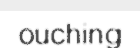
ouching